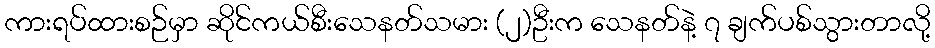
ကားရပ်ထားစဉ်မှာ ဆိုင်ကယ်စီးသေနတ်သမား (၂)ဦးက သေနတ်နဲ့ ၇ ချက်ပစ်သွားတာလို့